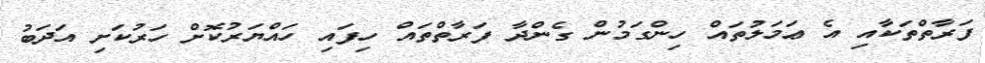
ފަރާތްތަކާއި އެ ޢަމަލުތައް ހިންގަމުން ގެންދާ ފަރާތްތައް ހިފައި ހައްޔަރުކޮށް ހަރުކަށި އަދަބު